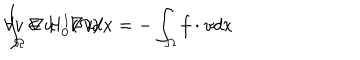
\int _ { \Omega } \nabla u \cdot \nabla v d x = - \int _ { \Omega } f \cdot v d x \hspace { 0 . 5 c m } \forall v \in H _ { 0 } ^ { 1 } ( \Omega ) .